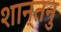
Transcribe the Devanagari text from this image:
शान्‍तनु